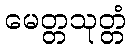
မေတ္တသုတ္တံ